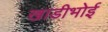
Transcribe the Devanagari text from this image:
खाडीभोई